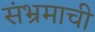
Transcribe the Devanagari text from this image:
संभ्रमाची